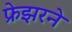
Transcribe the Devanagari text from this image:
फ्रेझरने